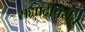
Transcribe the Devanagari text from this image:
सह्याद्रीपर्यंत